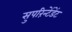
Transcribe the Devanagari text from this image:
सुपरिंन्टेंडेंट